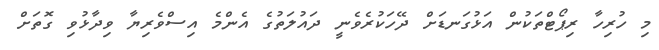
މި ހުރިހާ ރިޕޯޓްތަކުން އަޅުގަނޑަށް ދޭހަކުރެވެނީ ދައުލަތުގެ އެންމެ އިސްވެރިޔާ ވިދާޅުވި ގޮތަށް